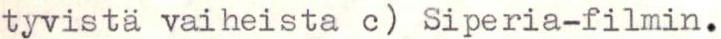
tyvistä vaiheista c) Siperia-filmin.